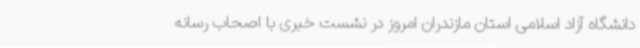
دانشگاه آزاد اسلامی استان مازندران امروز در نشست خبری با اصحاب رسانه